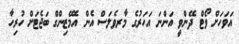
އަވަހަށް ވޯޓް ދޭންވީ އަންނަ އަހަރުގެ މާރވެލަސް އެން އެމޭޒިންގް ބަޖެޓަށް ހުރިހާ